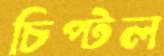
চিপ্‌টল